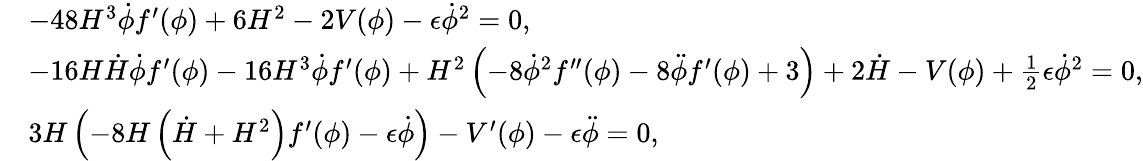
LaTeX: \begin{array}{rl}&{-48H^{3}\dot{\phi}f^{\prime}(\phi)+6H^{2}-2V(\phi)-\epsilon\dot{\phi}^{2}=0,}\\ &{-16H\dot{H}\dot{\phi}f^{\prime}(\phi)-16H^{3}\dot{\phi}f^{\prime}(\phi)+H^{2}\left(-8\dot{\phi}^{2}f^{\prime\prime}(\phi)-8\ddot{\phi}f^{\prime}(\phi)+3\right)+2\dot{H}-V(\phi)+\frac{1}{2}\epsilon\dot{\phi}^{2}=0,}\\ &{3H\left(-8H\left(\dot{H}+H^{2}\right)f^{\prime}(\phi)-\epsilon\dot{\phi}\right)-V^{\prime}(\phi)-\epsilon\ddot{\phi}=0,}\end{array}